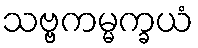
သဗ္ဗကမ္မက္ခယံ